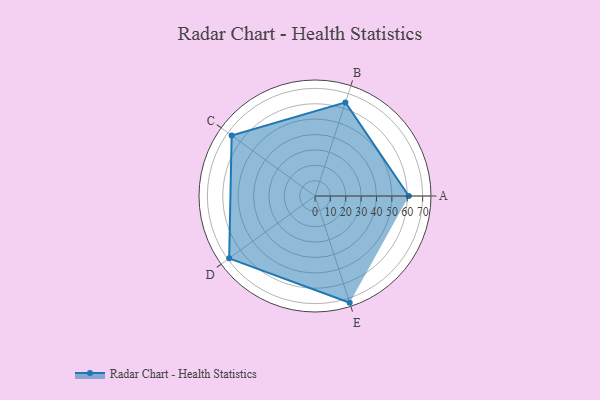
{"axis": {"x": "Skill", "y": "Score"}, "legend": ["Profile"], "data": [{"x": "A", "y": 61.0, "type": "Profile"}, {"x": "B", "y": 64.0, "type": "Profile"}, {"x": "C", "y": 67.0, "type": "Profile"}, {"x": "D", "y": 69.0, "type": "Profile"}, {"x": "E", "y": 73.0, "type": "Profile"}]}